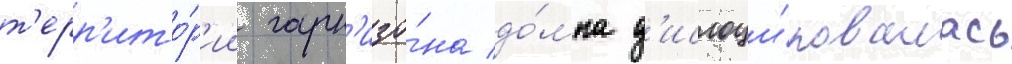
т'ерр'ито́р'ии гарн'изо́на до́мна д'ислоци́ровалась